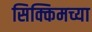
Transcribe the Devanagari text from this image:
सिक्किमच्या